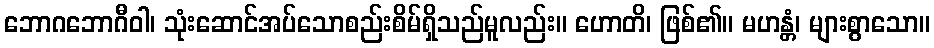
ဘောဂဘောဂီဝါ၊ သုံးဆောင်အပ်သောစည်းစိမ်ရှိသည်မူလည်း။ ဟောတိ၊ ဖြစ်၏။ မဟန္တံ၊ များစွာသော။